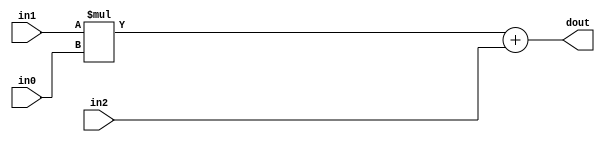
module hls_contrast_streibs_DSP48_6(
    input  [8 - 1:0] in0,
    input  [23 - 1:0] in1,
    input  [32 - 1:0] in2,
    output [32 - 1:0]  dout);

wire signed [25 - 1:0]     a;
wire signed [18 - 1:0]     b;
wire signed [48 - 1:0]     c;
wire signed [43 - 1:0]     m;
wire signed [48 - 1:0]     p;

assign a  = $signed(in1);
assign b  = $signed(in0);
assign c  = $signed(in2);

assign m  = a * b;
assign p  = m + c;

assign dout = p;

endmodule